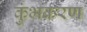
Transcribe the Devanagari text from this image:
कुंभकरण